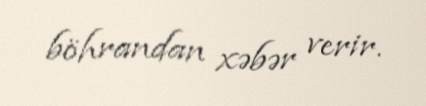
böhrandan xəbər verir.